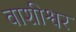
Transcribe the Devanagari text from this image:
वाशीश्वर